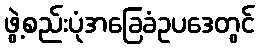
ဖွဲ့စည်းပုံအခြေခံဥပဒေတွင်